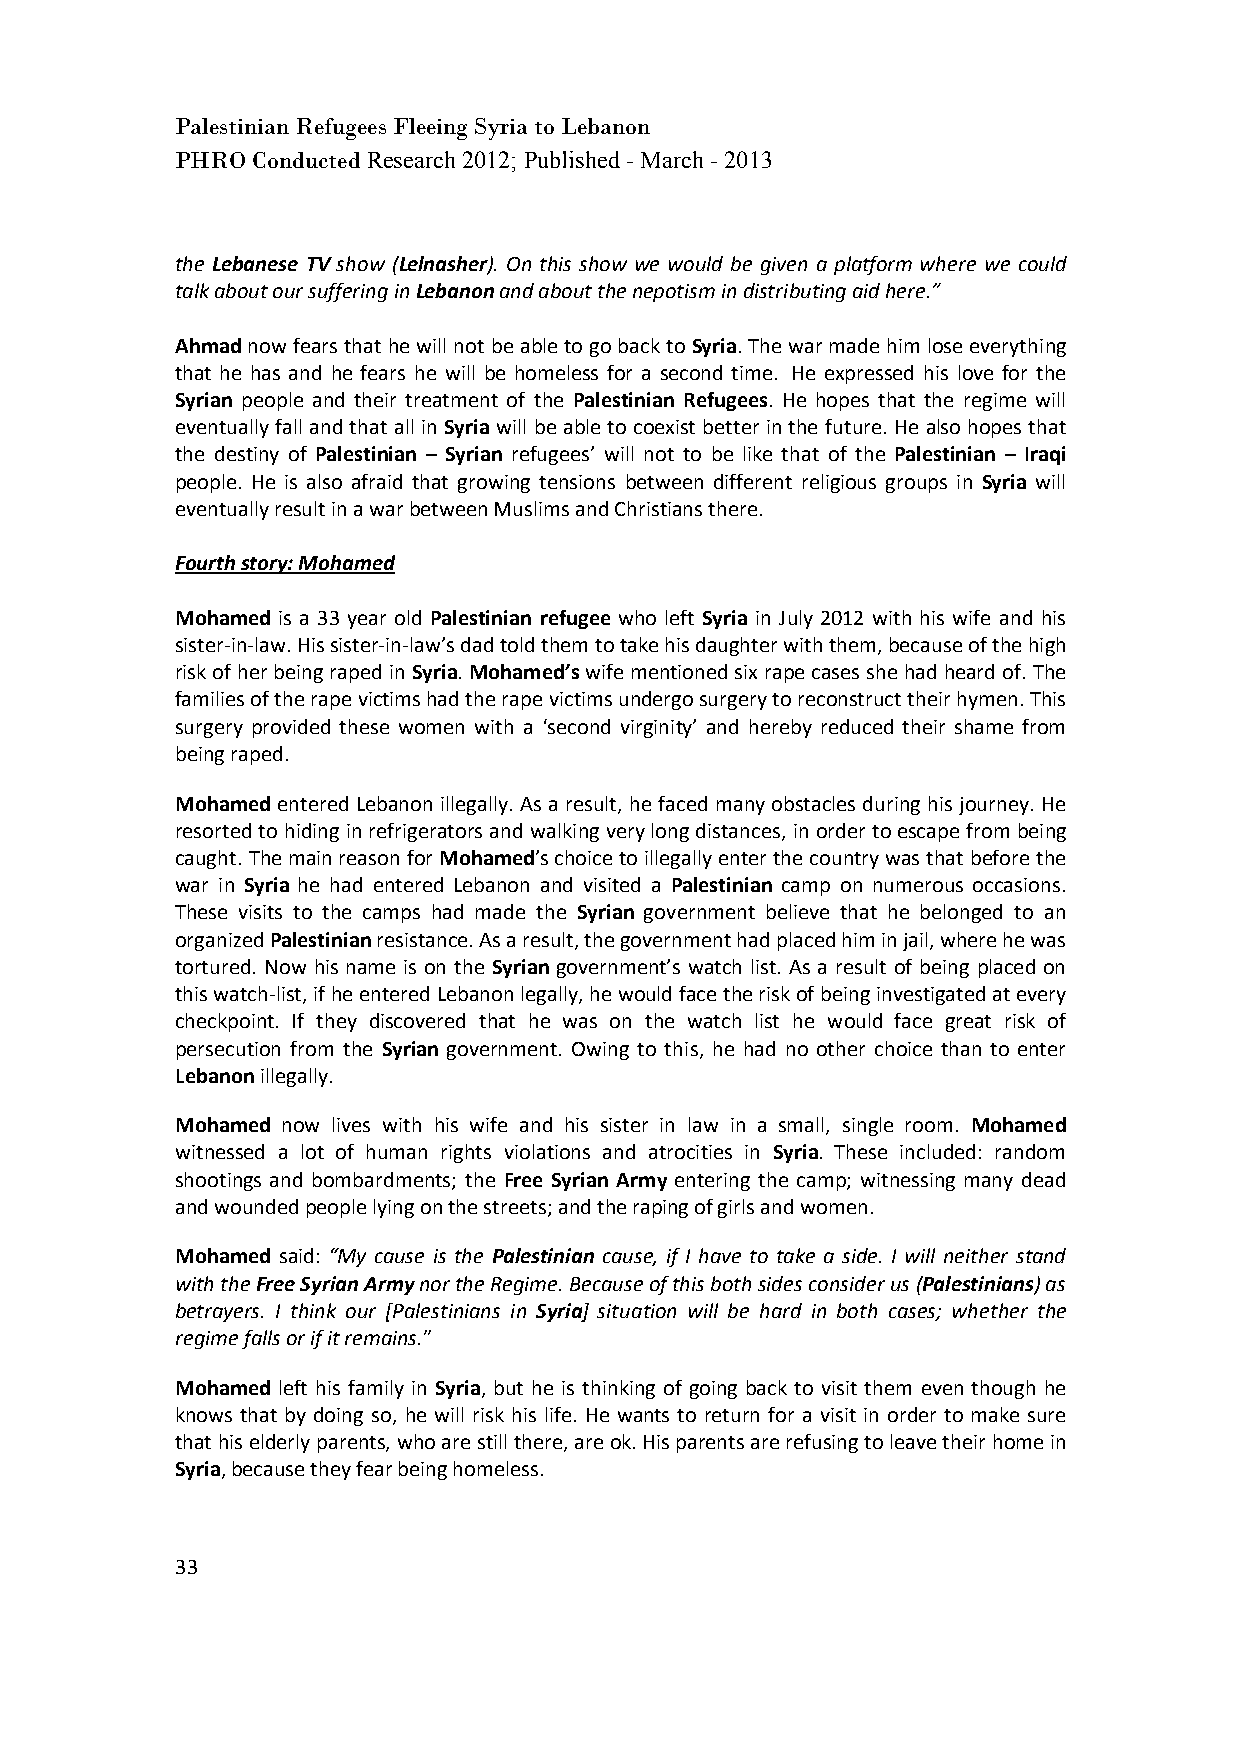
Palestinian Refugees Fleeing Syria to Lebanon
 PHRO Conducted Research 2012; Published - March - 2013
 the Lebanese TV show (Lelnasher). On this show we would be given a platform where we could
 talk about our suffering in Lebanon and about the nepotism in distributing aid here.”
 Ahmad now fears that he will not be able to go back to Syria. The war made him lose everything
 that he has and he fears he will be homeless for a second time. He expressed his love for the
 Syrian people and their treatment of the Palestinian Refugees. He hopes that the regime will
 eventually fall and that all in Syria will be able to coexist better in the future. He also hopes that
 the destiny of Palestinian – Syrian refugees’ will not to be like that of the Palestinian – Iraqi
 people. He is also afraid that growing tensions between different religious groups in Syria will
 eventually result in a war between Muslims and Christians there.
 Fourth story: Mohamed
 Mohamed is a 33 year old Palestinian refugee who left Syria in July 2012 with his wife and his
 sister-in-law. His sister-in-law’s dad told them to take his daughter with them, because of the high
 risk of her being raped in Syria. Mohamed’s wife mentioned six rape cases she had heard of. The
 families of the rape victims had the rape victims undergo surgery to reconstruct their hymen. This
 surgery provided these women with a ‘second virginity’ and hereby reduced their shame from
 being raped.
 Mohamed entered Lebanon illegally. As a result, he faced many obstacles during his journey. He
 resorted to hiding in refrigerators and walking very long distances, in order to escape from being
 caught. The main reason for Mohamed’s choice to illegally enter the country was that before the
 war in Syria he had entered Lebanon and visited a Palestinian camp on numerous occasions.
 These visits to the camps had made the Syrian government believe that he belonged to an
 organized Palestinian resistance. As a result, the government had placed him in jail, where he was
 tortured. Now his name is on the Syrian government’s watch list. As a result of being placed on
 this watch-list, if he entered Lebanon legally, he would face the risk of being investigated at every
 checkpoint. If they discovered that he was on the watch list he would face great risk of
 persecution from the Syrian government. Owing to this, he had no other choice than to enter
 Lebanon illegally.
 Mohamed now lives with his wife and his sister in law in a small, single room. Mohamed
 witnessed a lot of human rights violations and atrocities in Syria. These included: random
 shootings and bombardments; the Free Syrian Army entering the camp; witnessing many dead
 and wounded people lying on the streets; and the raping of girls and women.
 Mohamed said: “My cause is the Palestinian cause, if I have to take a side. I will neither stand
 with the Free Syrian Army nor the Regime. Because of this both sides consider us (Palestinians) as
 betrayers. I think our [Palestinians in Syria] situation will be hard in both cases; whether the
 regime falls or if it remains.”
 Mohamed left his family in Syria, but he is thinking of going back to visit them even though he
 knows that by doing so, he will risk his life. He wants to return for a visit in order to make sure
 that his elderly parents, who are still there, are ok. His parents are refusing to leave their home in
 Syria, because they fear being homeless.
 33